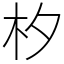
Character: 𣏐